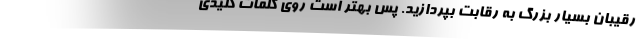
رقیبان بسیار بزرگ به رقابت بپردازید. پس بهتر است روی کلمات کلیدی